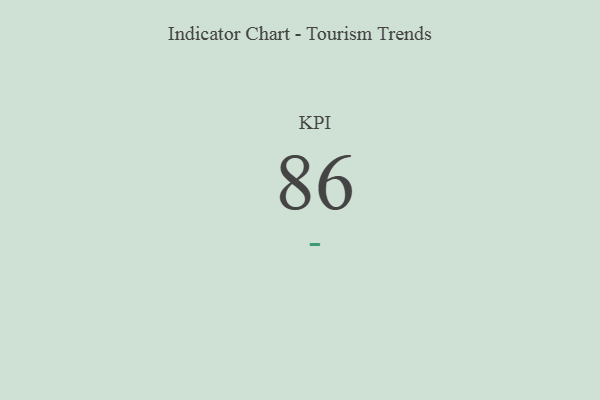
{"axis": {"x": "KPI", "y": "Value"}, "legend": [""], "data": [{"x": "KPI", "y": 86, "type": ""}]}